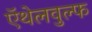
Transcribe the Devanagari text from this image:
ऍथेलवुल्फ